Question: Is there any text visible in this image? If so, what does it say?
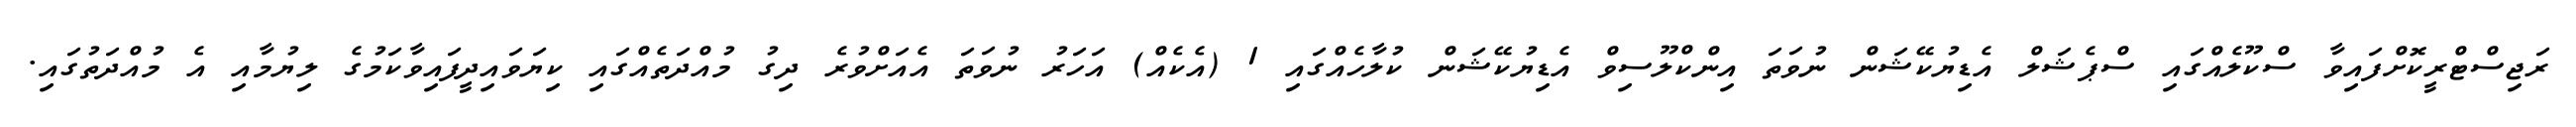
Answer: ރަޖިސްޓްރީކޮށްފައިވާ ސްކޫލެއްގައި ސްޕެޝަލް އެޑިޔުކޭޝަން ނުވަތަ އިންކްލޫސިވް އެޑިޔުކޭޝަން ކުލާހެއްގައި 1 (އެކެއް) އަހަރު ނުވަތަ އެއަށްވުރެ ދިގު މުއްދަތެއްގައި ކިޔަވައިދީފައިވާކަމުގެ ލިޔުމާއި އެ މުއްދަތުގައި.